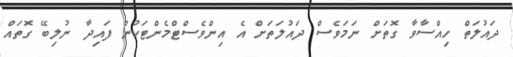
ދައުލަތް ހިއްސާވާ ގޮތަށް ނަމަވެސް ދައުލަތަށް އެ އިންވެސްޓްމެންޓަކުން ފައިދާ ނުލިބޭ ގޮތައް